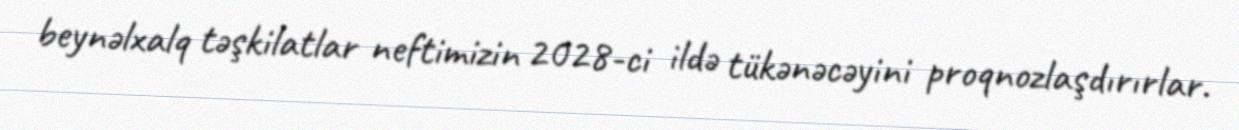
beynəlxalq təşkilatlar neftimizin 2028-ci ildə tükənəcəyini proqnozlaşdırırlar.